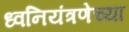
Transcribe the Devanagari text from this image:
ध्वनियंत्रणेच्या